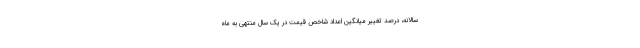
سالانه، درصد تغییر میانگین اعداد شاخص قیمت در یک سال منتهی به ماه